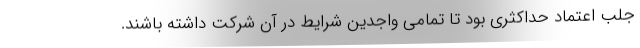
جلب اعتماد حداکثری بود تا تمامی واجدین شرایط در آن شرکت داشته باشند.